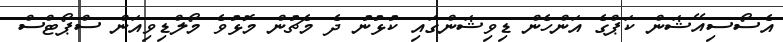
އެސޯސިއޭޝަން ކަޕްގެ އަންހެން ޑިވިޝަންގައި ކުޅުނު ދެ މެޗުން މޮޅުވެ މޯލްޑިވިއަން ސްޕޯޓްސް